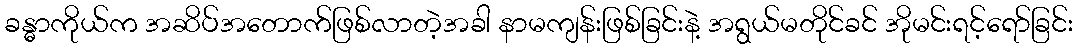
ခန္ဓာကိုယ်က အဆိပ်အတောက်ဖြစ်လာတဲ့အခါ နာမကျန်းဖြစ်ခြင်းနဲ့ အရွယ်မတိုင်ခင် အိုမင်းရင့်ရော်ခြင်း